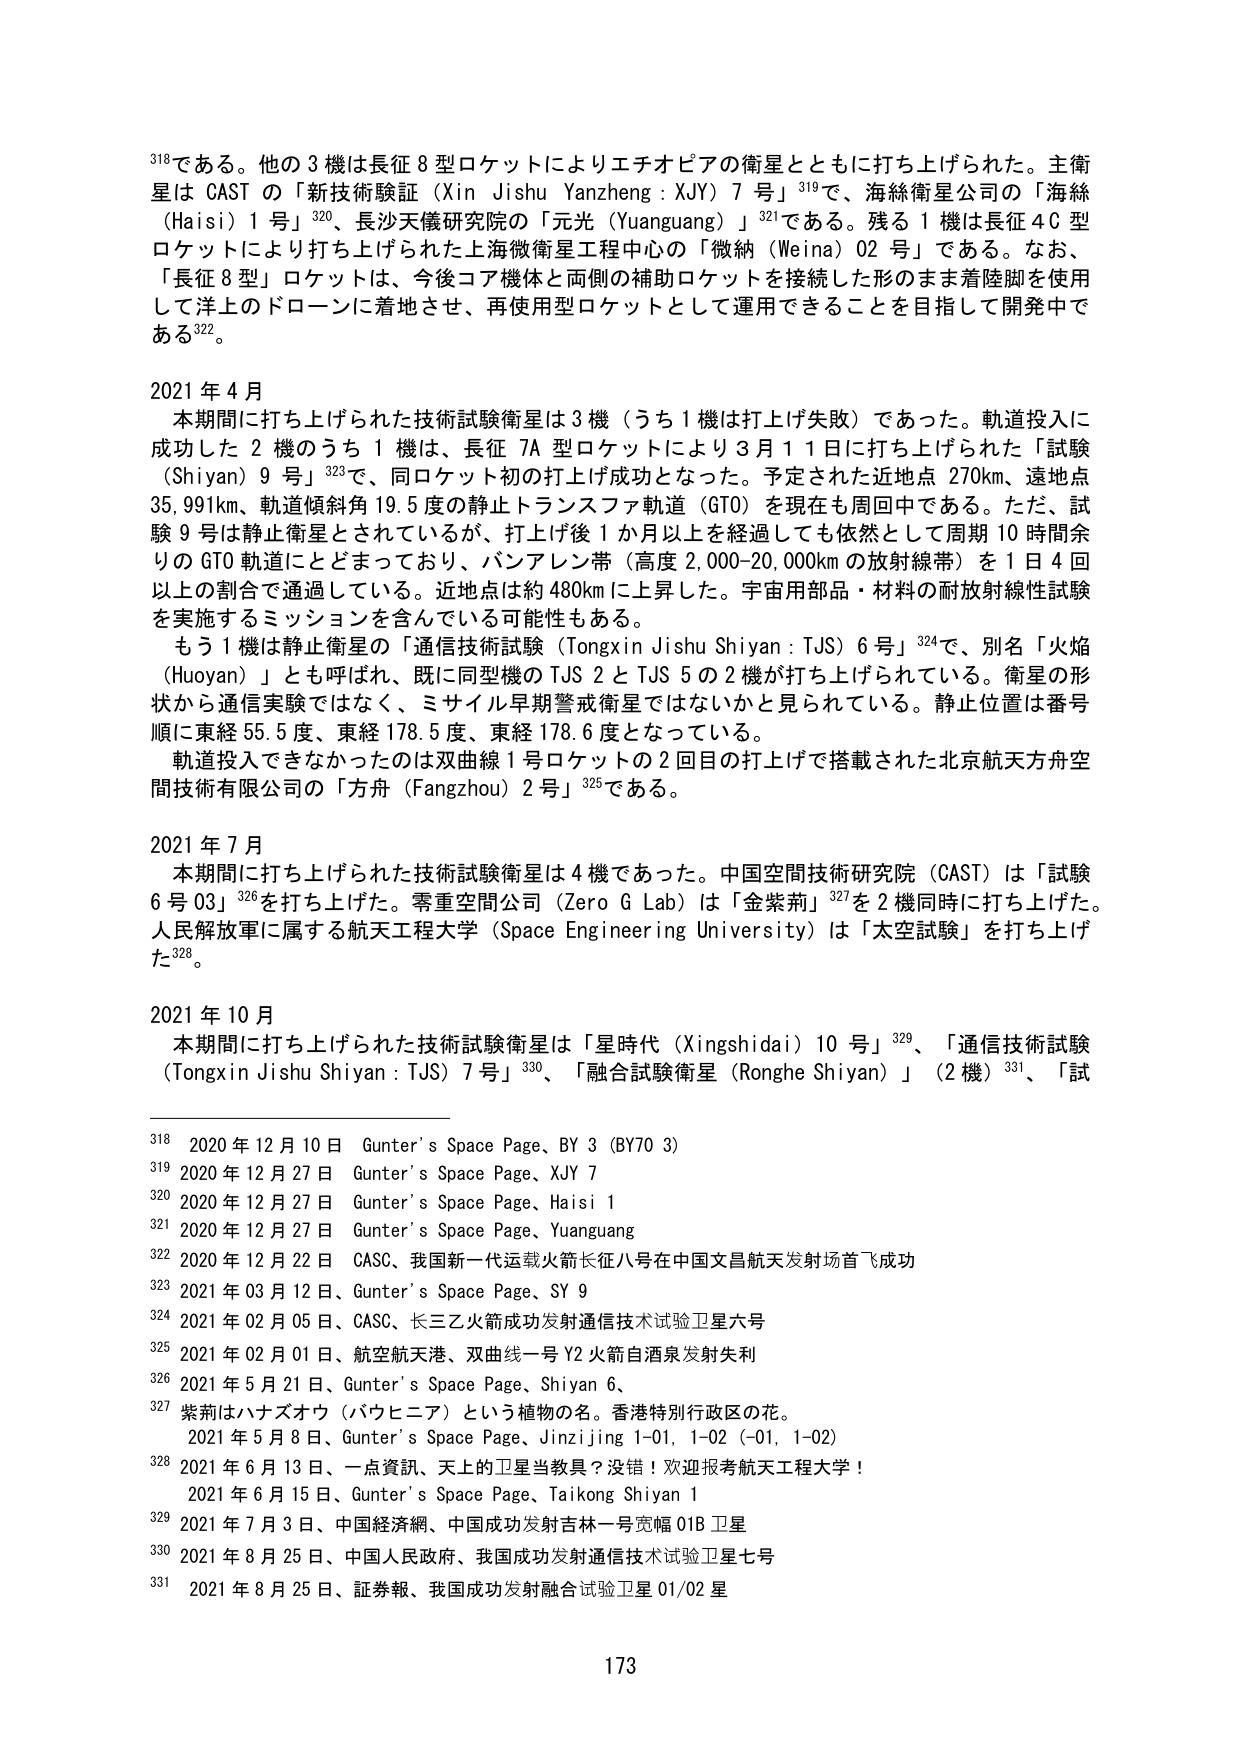
318である。他の3機は長征8型ロケットによりエチオピアの衛星とともに打ち上げられた。主衛星はCASTの「新技術験証（Xin Jishu Yanzheng : XJY）7号」319で、海絲衛星公司の「海絲（Haisi）1号」320、長沙天儀研究院の「元光（Yuanguang）」321である。残る1機は長征4C型ロケットにより打ち上げられた上海微衛星工程中心の「微納（Weina）02号」である。なお、「長征8型」ロケットは、今後コア機体と両側の補助ロケットを接続した形のまま着陸脚を使用して洋上のドローンに着地させ、再使用型ロケットとして運用できることを目指して開発中である322。

2021年4月
本期間に打ち上げられた技術試験衛星は3機（うち1機は打ち上げ失敗）であった。軌道投入に成功した2機のうち1機は、長征7A型ロケットにより3月11日に打ち上げられた「試験（Shiyan）9号」323で、同ロケット初の打ち上げ成功となった。予定された近地点270km、遠地点35,991km、軌道傾斜角19.5度の静止トランスファ軌道（GTO）を現在も周回中である。ただ、試験9号は静止衛星とされているが、打ち上げ後1か月以上を経過しても依然として周期10時間余りのGTO軌道にとどまっており、バンアレン帯（高度2,000-20,000kmの放射線帯）を1日4回以上の割合で通過している。近地点は約480kmに上昇した。宇宙用部品・材料の耐放射線性試験を実施するミッションを含んでいる可能性もある。
もう1機は静止衛星の「通信技術試験（Tongxin Jishu Shiyan : TJS）6号」324で、別名「火焰（Huoyan）」とも呼ばれ、既に同型機のTJS2とTJS5の2機が打ち上げられている。衛星の形状から通信実験ではなく、ミサイル早期警戒衛星ではないかと見られている。静止位置は番号順に東経55.5度、東経178.5度、東経178.6度となっている。
軌道投入できなかったのは双曲線1号ロケットの2回目の打ち上げで搭載された北京航天方舟空間技術有限公司の「方舟（Fangzhou）2号」325である。

2021年7月
本期間に打ち上げられた技術試験衛星は4機であった。中国空間技術研究院（CAST）は「試験6号03」326を打ち上げた。零重空間公司（Zero G Lab）は「金紫荊」327を2機同時に打ち上げた。人民解放軍に属する航天工程大学（Space Engineering University）は「太空試験」を打ち上げた328。

2021年10月
本期間に打ち上げられた技術試験衛星は「星時代（Xingshidai）10号」329、「通信技術試験（Tongxin Jishu Shiyan : TJS）7号」330、「融合試験衛星（Ronghe Shiyan）」（2機）331、「試

318 2020年12月10日 Gunter's Space Page、BY 3 (BY70 3)
319 2020年12月27日 Gunter's Space Page、XJY 7
320 2020年12月27日 Gunter's Space Page、Haisi 1
321 2020年12月27日 Gunter's Space Page、Yuanguang
322 2020年12月22日 CASC、我国新一代运载火箭长征八号在中国文昌航天发射场首飞成功
323 2021年03月12日、Gunter's Space Page、SY 9
324 2021年02月05日、CASC、长三乙火箭成功发射通信技术试验卫星六号
325 2021年02月01日、航空航天港、双曲线一号Y2火箭自酒泉发射失利
326 2021年5月21日、Gunter's Space Page、Shiyan 6、
327 紫荊はハナズオウ（バウヒニア）という植物の名。香港特別行政区の花。
　　2021年5月8日、Gunter's Space Page、Jinziying 1-01, 1-02 (-01, 1-02)
328 2021年6月13日、Gunter's Space Page、天上的卫星当教具？没错！欢迎报考航天工程大学！
　　2021年6月15日、Gunter's Space Page、Taikong Shiyan 1
329 2021年7月3日、中国経済網、中国成功发射吉林一号宽幅01B卫星
330 2021年8月25日、中国人民政府、我国成功发射通信技术试验卫星七号
331 2021年8月25日、証券報、我国成功发射融合试验卫星01/02星

173